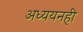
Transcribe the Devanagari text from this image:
अध्ययनही